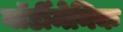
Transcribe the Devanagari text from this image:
नॉर्डीमेनिक